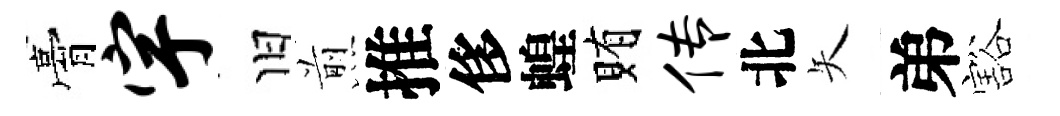
膏宇旧煎推侈蝗賄传北矢弟豁